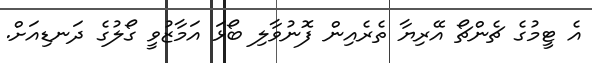
އެ ޓީމުގެ ޗެންޗޯ އޭރިޔާ ތެރެއިން ފޮނުވާލި ބޯޅަ އަމާޒުވީ ގޯލުގެ ދަނޑިއަށް.